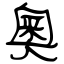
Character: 奧